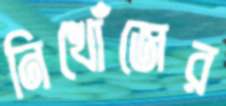
নিখোঁজের